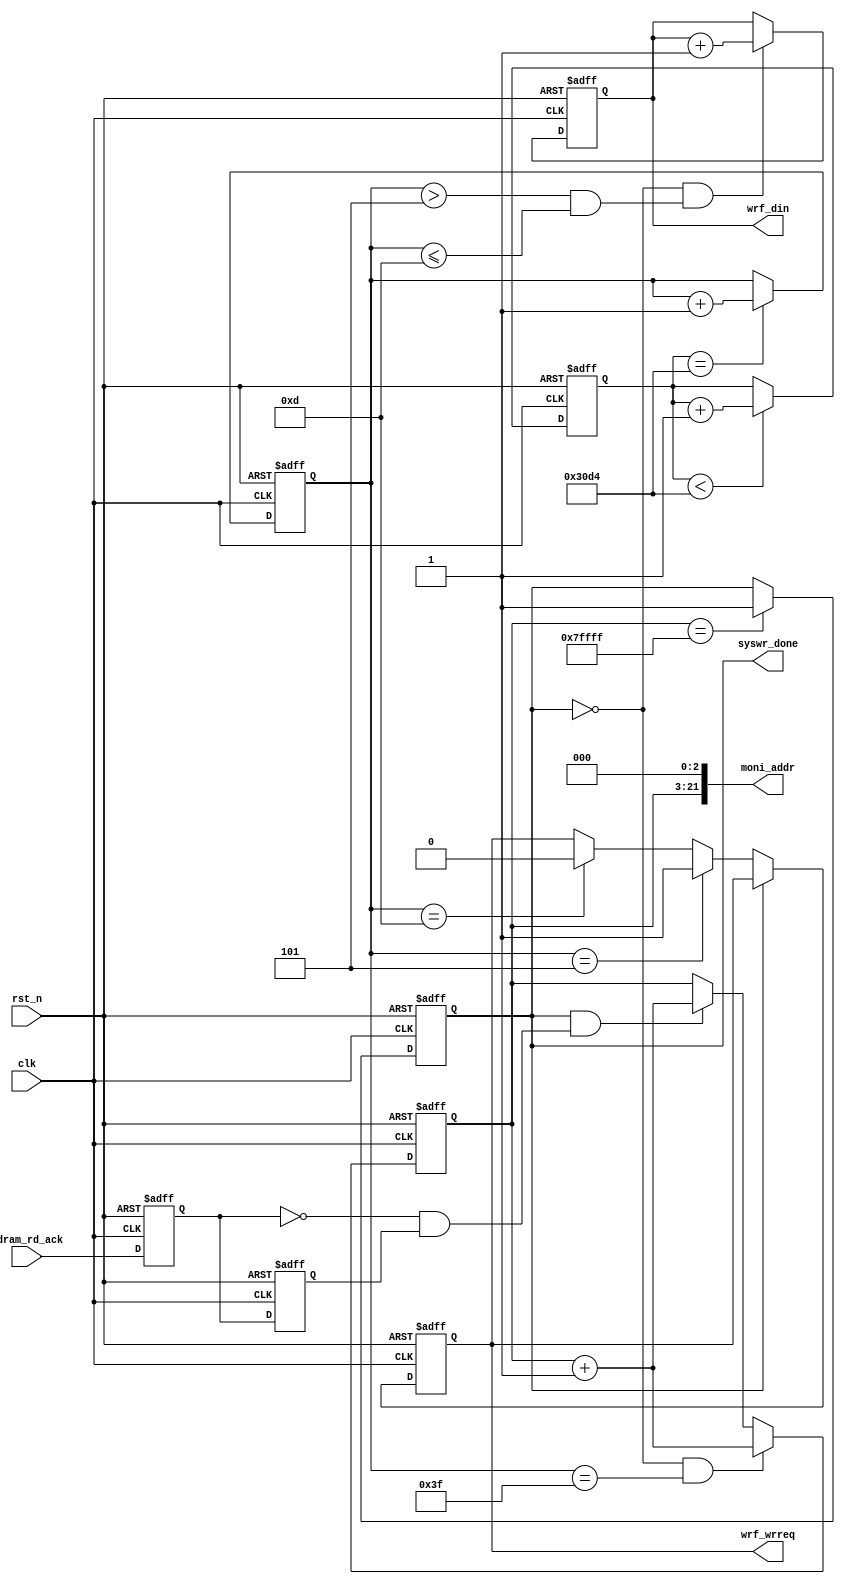
module datagene(
				clk,rst_n,
				wrf_din,wrf_wrreq,
				moni_addr,syswr_done,
				sdram_rd_ack
			);

input clk;		//FPAGʱź25MHz
input rst_n;	//FPGA븴λź

	//wrFIFOƽӿ
output[15:0] wrf_din;		//sdramд뻺FIFO
output wrf_wrreq;			//sdramд뻺FIFO󣬸Ч

output[21:0] moni_addr;	//sdramдַ
output syswr_done;		//дsdramɱ־λ

input sdram_rd_ack;			//ϵͳSDRAMӦź,ΪrdFIFOдЧź,ﲶ½Ϊַӱ־λ

reg sdr_rdackr1,sdr_rdackr2;

//------------------------------------------
//sdram_rd_ack½ر־λ
always @(posedge clk or negedge rst_n)		
		if(!rst_n) begin
				sdr_rdackr1 <= 1'b0;
				sdr_rdackr2 <= 1'b0;
			end
		else begin
				sdr_rdackr1 <= sdram_rd_ack;
				sdr_rdackr2 <= sdr_rdackr1;				
			end

wire neg_rdack = ~sdr_rdackr1 & sdr_rdackr2;

//------------------------------------------
//ϵ500usʱȴsdram
reg[13:0] delay;	//500usʱ

always @(posedge clk or negedge rst_n)
	if(!rst_n) delay <= 14'd0;
	else if(delay < 14'd12500) delay <= delay+1'b1;

wire delay_done = (delay == 14'd12500);	//1msʱ

//------------------------------------------
//ÿ640nsд816bitݵsdram
//ϵеַдʱҪ360msʱ
reg[5:0] cntwr;	//дsdramʱ

always @(posedge clk or negedge rst_n)
	if(!rst_n) cntwr <= 6'd0;
	else if(delay_done) cntwr <= cntwr+1'b1;

//------------------------------------------
//дsdramַ
reg[18:0] addr;		//sdramַĴ

always @(posedge clk or negedge rst_n)
	if(!rst_n) addr <= 19'd0;
	else if(!wr_done && cntwr == 6'h3f) addr <= addr+1'b1;//дַ
	else if(wr_done && neg_rdack) addr <= addr+1'b1;	//ַ	////////////test

assign moni_addr = {addr,3'b000};

reg wr_done;	//дsdramɱ־λ
always @(posedge clk or negedge rst_n)
	if(!rst_n) wr_done <= 1'b0;
	else if(addr == 19'h7ffff) wr_done <= 1'b1;

assign syswr_done = wr_done;

//------------------------------------------
//дsdramźŲwrfifoдЧź
reg wrf_wrreqr;		//wrfifoдЧź
reg[15:0] wrf_dinr;	//wrfifoд

always @(posedge clk or negedge rst_n)
	if(!rst_n) wrf_wrreqr <= 1'b0;
	else if(!wr_done) begin	//ϵ0.5msʱ
		if(cntwr == 6'h05) wrf_wrreqr <= 1'b1;	//дźŲ
		else if(cntwr == 6'h0d) wrf_wrreqr <= 1'b0;	//źų
	end

always @(posedge clk or negedge rst_n)
	if(!rst_n) wrf_dinr <= 16'd0;
	else if(!wr_done && ((cntwr > 6'h05) && (cntwr <= 6'h0d))) begin	//ϵ0.5msʱ
			wrf_dinr <= wrf_dinr+1'b1;	//дݵ
		end
	
assign wrf_wrreq = wrf_wrreqr;
assign wrf_din = wrf_dinr;


endmodule